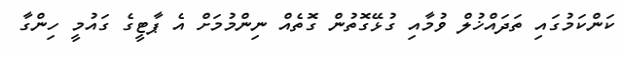
ކަންކަމުގައި ތަދައްޚުލް ވުމާއި ގުޅޭގޮތުން ގޮތެއް ނިންމުމަށް އެ ޕާޓީގެ ގައުމީ ހިންގާ